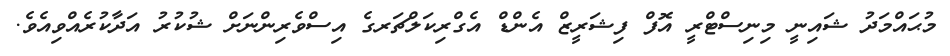
މުޙައްމަދު ޝައިނީ މިނިސްޓްރީ އޮފް ފިޝަރީޒް އެންޑް އެގްރިކަލްޗަރގެ އިސްވެރިންނަށް ޝުކުރު އަދާކުރެއްވިއެވެ.